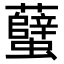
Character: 𧕏